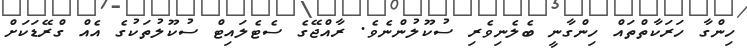
ހިންގާ ހަރަކާތްތައް ހިންގާނީ ބެލެނިވެރި ސުކޫލުންނެވެ. ރާއްޖޭގެ ސެޓެލައިޓް ސުކޫލުތަކުގެ އެއް ގްރޭޑަކަށް